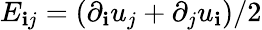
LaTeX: E_{\mathbf{i}j}=(\partial_{\mathbf{i}}u_{j}+\partial_{j}u_{\mathbf{i}})/2